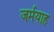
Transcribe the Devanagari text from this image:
जर्मयाह